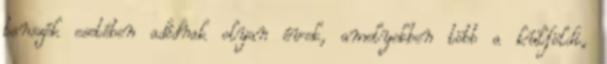
tanszék esetében adódnak olyan évek, amelyekben több a külföldi,